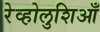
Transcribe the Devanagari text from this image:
रेव्होलुशिआँ